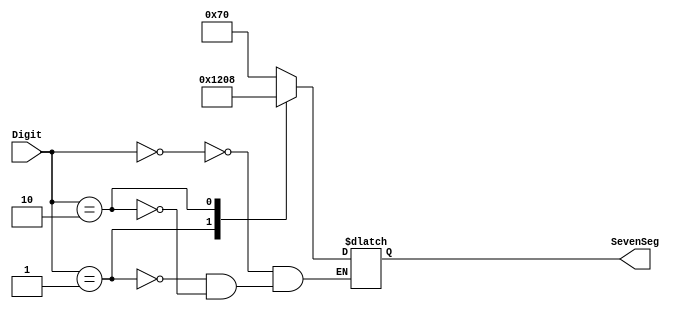
module SingleDigit(

input [3:0]Digit,

output reg[6:0]SevenSeg

);

always  @ (Digit)
	begin
	
		case(Digit)
										// ABCDEFG
			4'b0000:SevenSeg = 7'b1110000;//t
			4'b0001:SevenSeg = 7'b0100100;//S
			4'b0010:SevenSeg = 7'b0001000;//A
		
		endcase
	
	end
	
endmodule